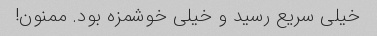
خیلی سریع رسید و خیلی خوشمزه بود. ممنون!